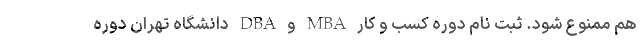
هم ممنوع شود. ثبت نام دوره کسب و کار MBA و DBA دانشگاه تهران دوره